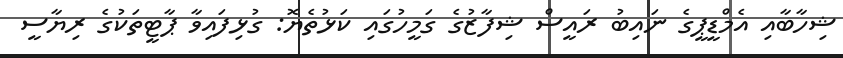
ޝިހާބާއި އެމްޑީޕީގެ ނައިބު ރައީސް ޝިފާޒުގެ ގަމީހުގައި ކަޅުތެޔޮ: ގުޅިފައިވާ ޕާޓީތަކުގެ ރިޔާސީ